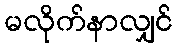
မလိုက်နာလျှင်